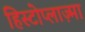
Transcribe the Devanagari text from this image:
हिस्टोप्लाज़्मा